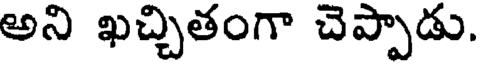
అని ఖచ్చితంగా చెప్పాడు,